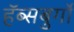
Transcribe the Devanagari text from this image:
हॅब्सबुर्गो